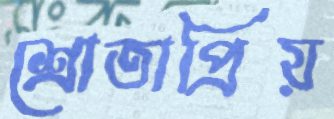
শ্রোতাপ্রিয়